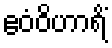
ဧဝံဝိဟာရိံ